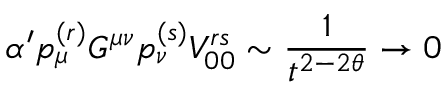
\alpha ^ { \prime } p _ { \mu } ^ { ( r ) } G ^ { \mu \nu } p _ { \nu } ^ { ( s ) } V _ { 0 0 } ^ { r s } \sim { \frac { 1 } { t ^ { 2 - 2 \theta } } } \to 0